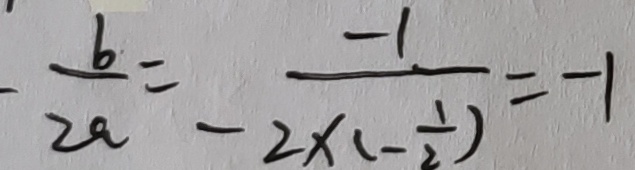
\frac { b } { 2 a } = - \frac { - 1 } { 2 \times ( - \frac { 1 } { 2 } ) } = - 1